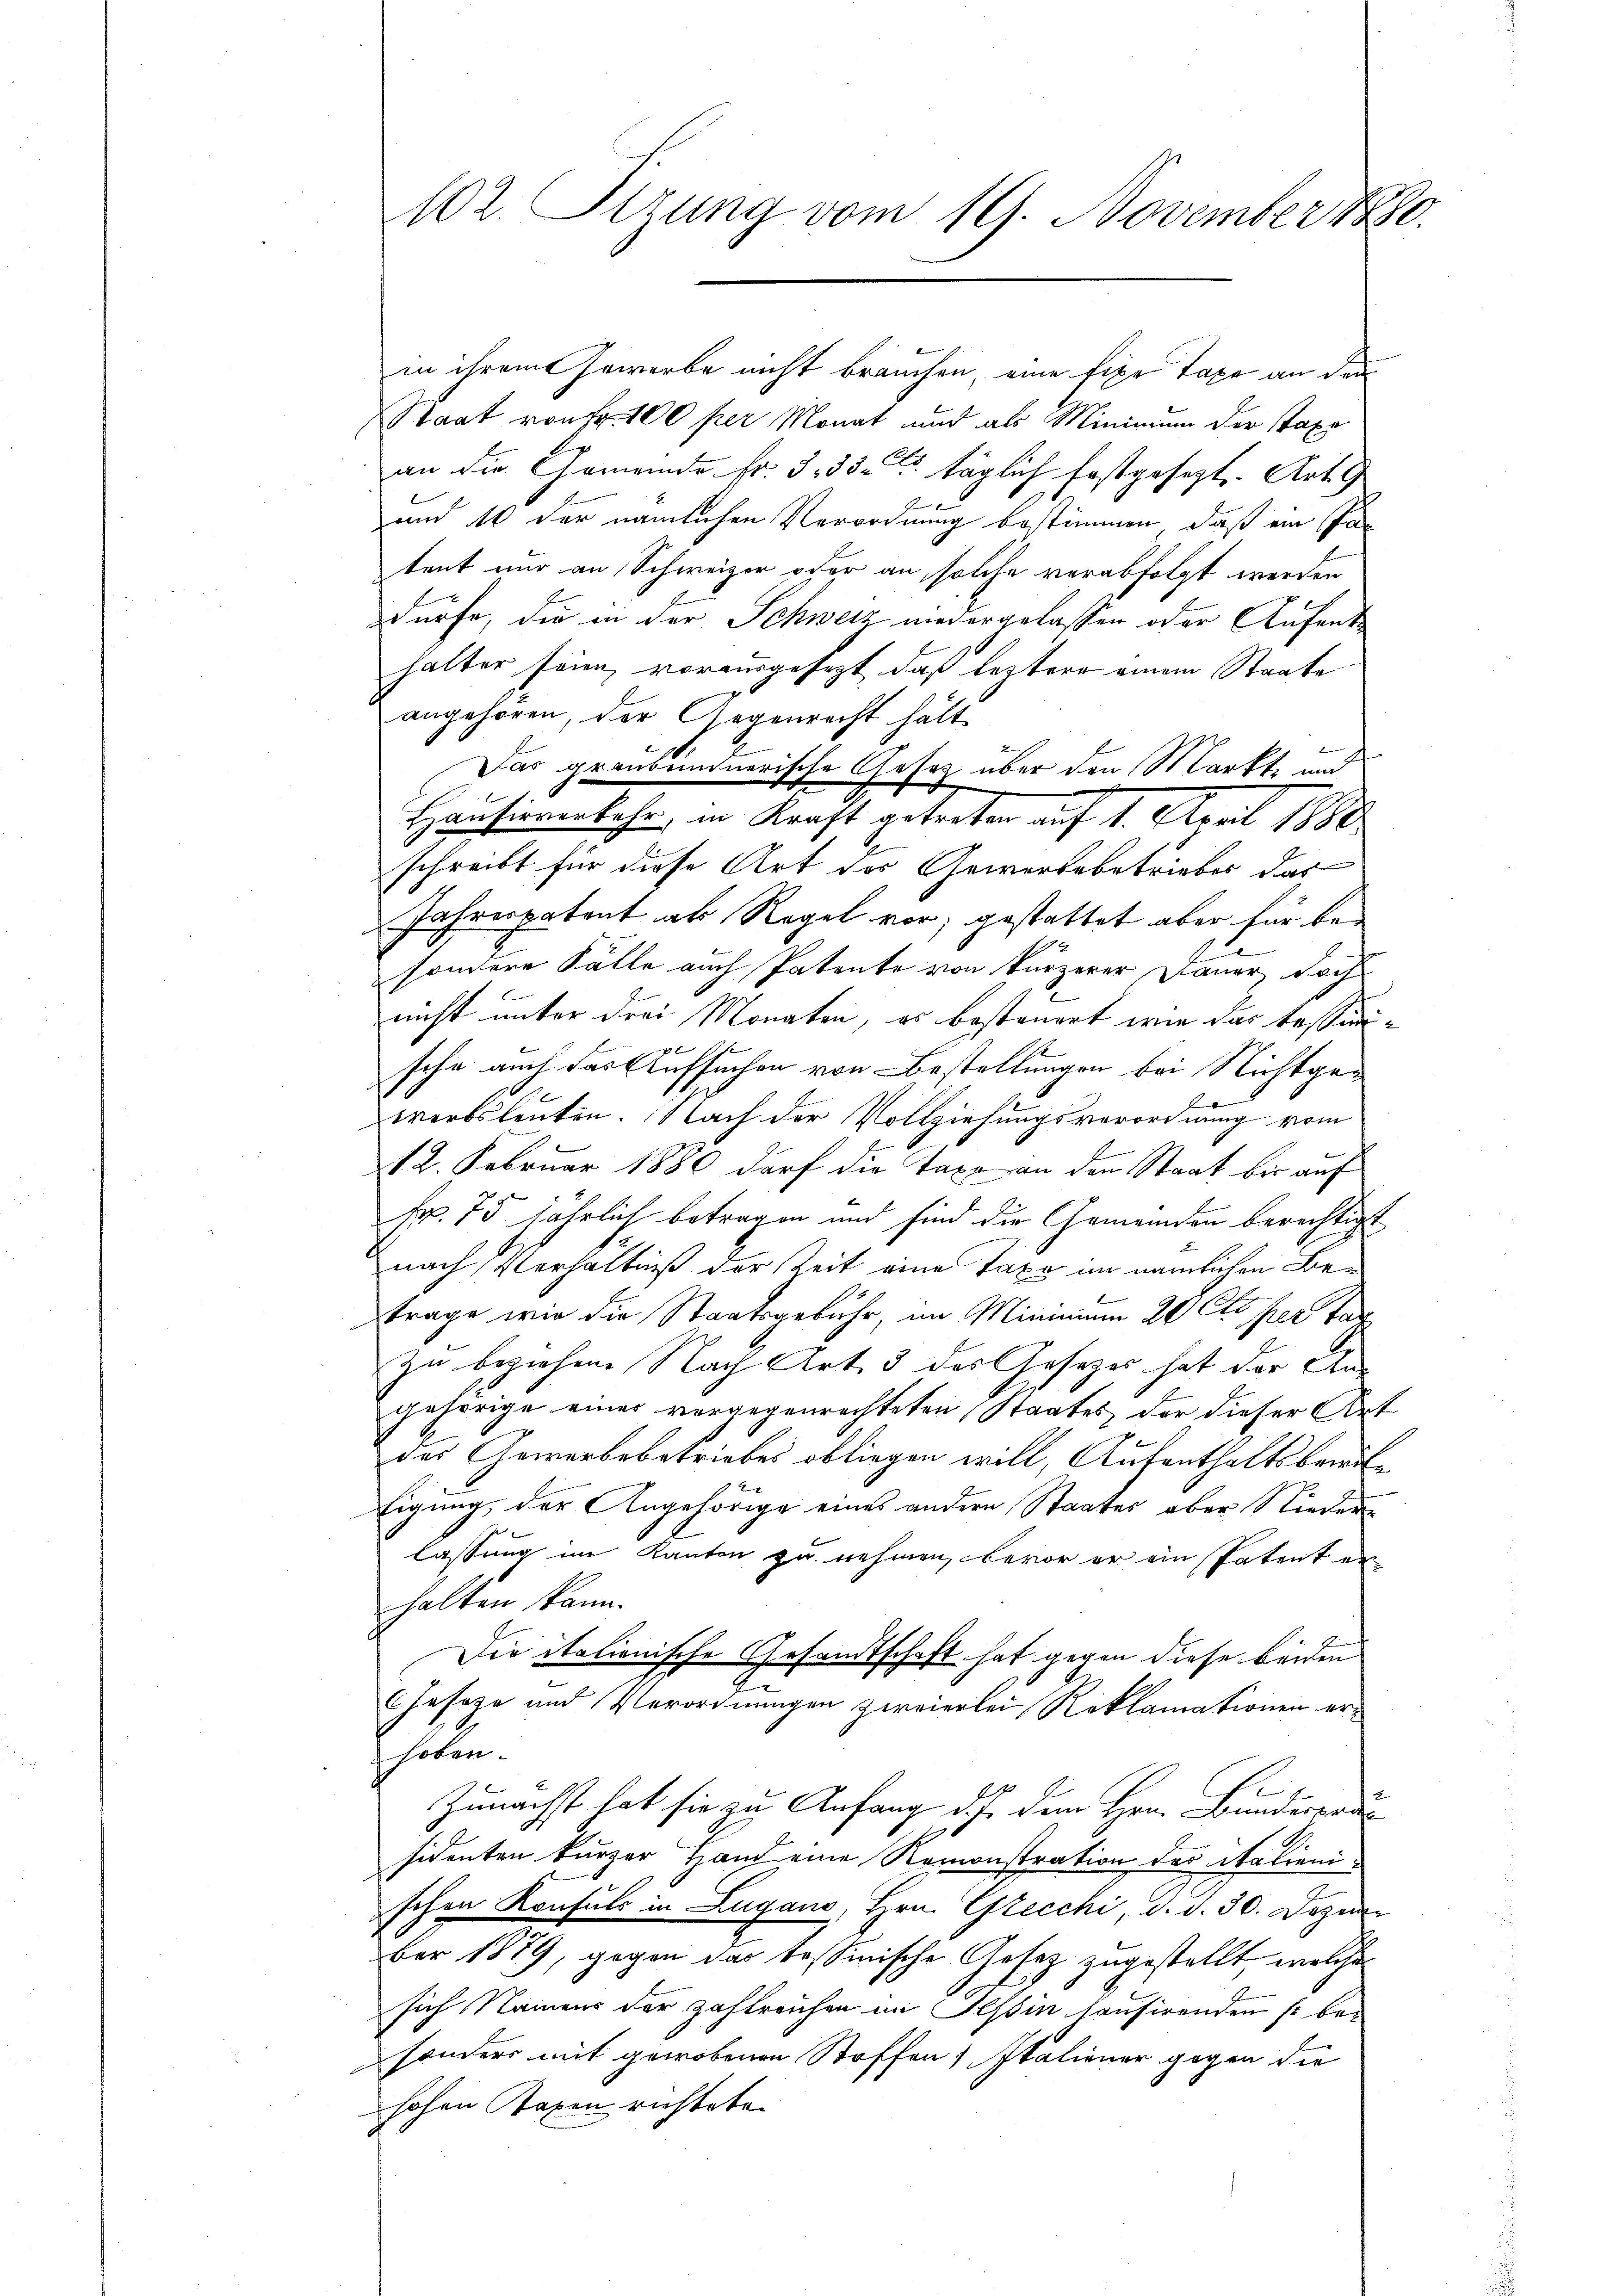
102. Sizung vom 19. November 1880.

in ihrem Gewerbe nicht brauchen, eine fixe Taxe an den
Staat von Fr. 100 per Monat und als Minimum der staxe
an der Gemeinde Fr. 333. täglich festgesezt. Art. 9
und 10 der nämlichen Verordnung bestimmen, daß ein an
tent nur an Schweizer oder an solche verabfolgt werden
dürfe, die in der Schweiz niedergelassen oder Aufenthalter sein, vorausgesezt, daß leztere einem Staate
angehören, der Gegenrecht hält
Das graubündnerische Gesetz über den Markte und
Hausirverkehr, in Kraft getreten auf 1. April 1880
schreibt für diese Art des Gewerbebetriebes das
Jahrespatent als Regel vor; gestattet aber für besondere Fälle auch Patento von kürzerer Dauer Sach
nicht unter drei Monaten, er besteuert wie das Tessinische auch das Aufsuchen von Bestellungen bei Nichtgewerbsleuten. Nach der Vollziehungsverordnung vom
12. Februar 1880 darf die Taxe an den Staat bis auf
Fr. 75 jährlich betragen und sind die Gemeinden berechtigt
nach Verhältniß der Zeit eine Taxe im nämlichen Betrage wie die Staatsgebühr, im Minimum 20 Cts. per Far
zu beziehen Nach Art. 3 des Gesetzes hat der Angehörige einer vergegenrechteten Staates, der dieser Art
das Gewerbebetriebes obliegen will, Aufenthaltsbewil¬
Eigung, der Angehörige eines andern Staates aber Nieder
lassung im Kanton zu nehmen, bevor er ein Patent er
halten kann.
Die italienische Gesandtschaft hat gegen diese beiden
Gasage und Verordnungen zweierlei Reklamationen erhoben.
Zunächst hat sie zu Anfang d. dem Hrn. Bunderrau
sidenten kurzer Hand eine Remonstration des Italienischen Konsuls in Lugano, Hrn. Glecchi, d. d. 30. Dezem
ber 1879, gegen das tessinische Gesez zugestellt, welche
sich Namens der zahlreichen in Tessin hausirenden s. besonders mit gewobenen Stoffen, Italiener gegen die
hohen Taxen richtete